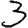
Digit: 3